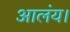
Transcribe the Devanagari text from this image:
आलंय।